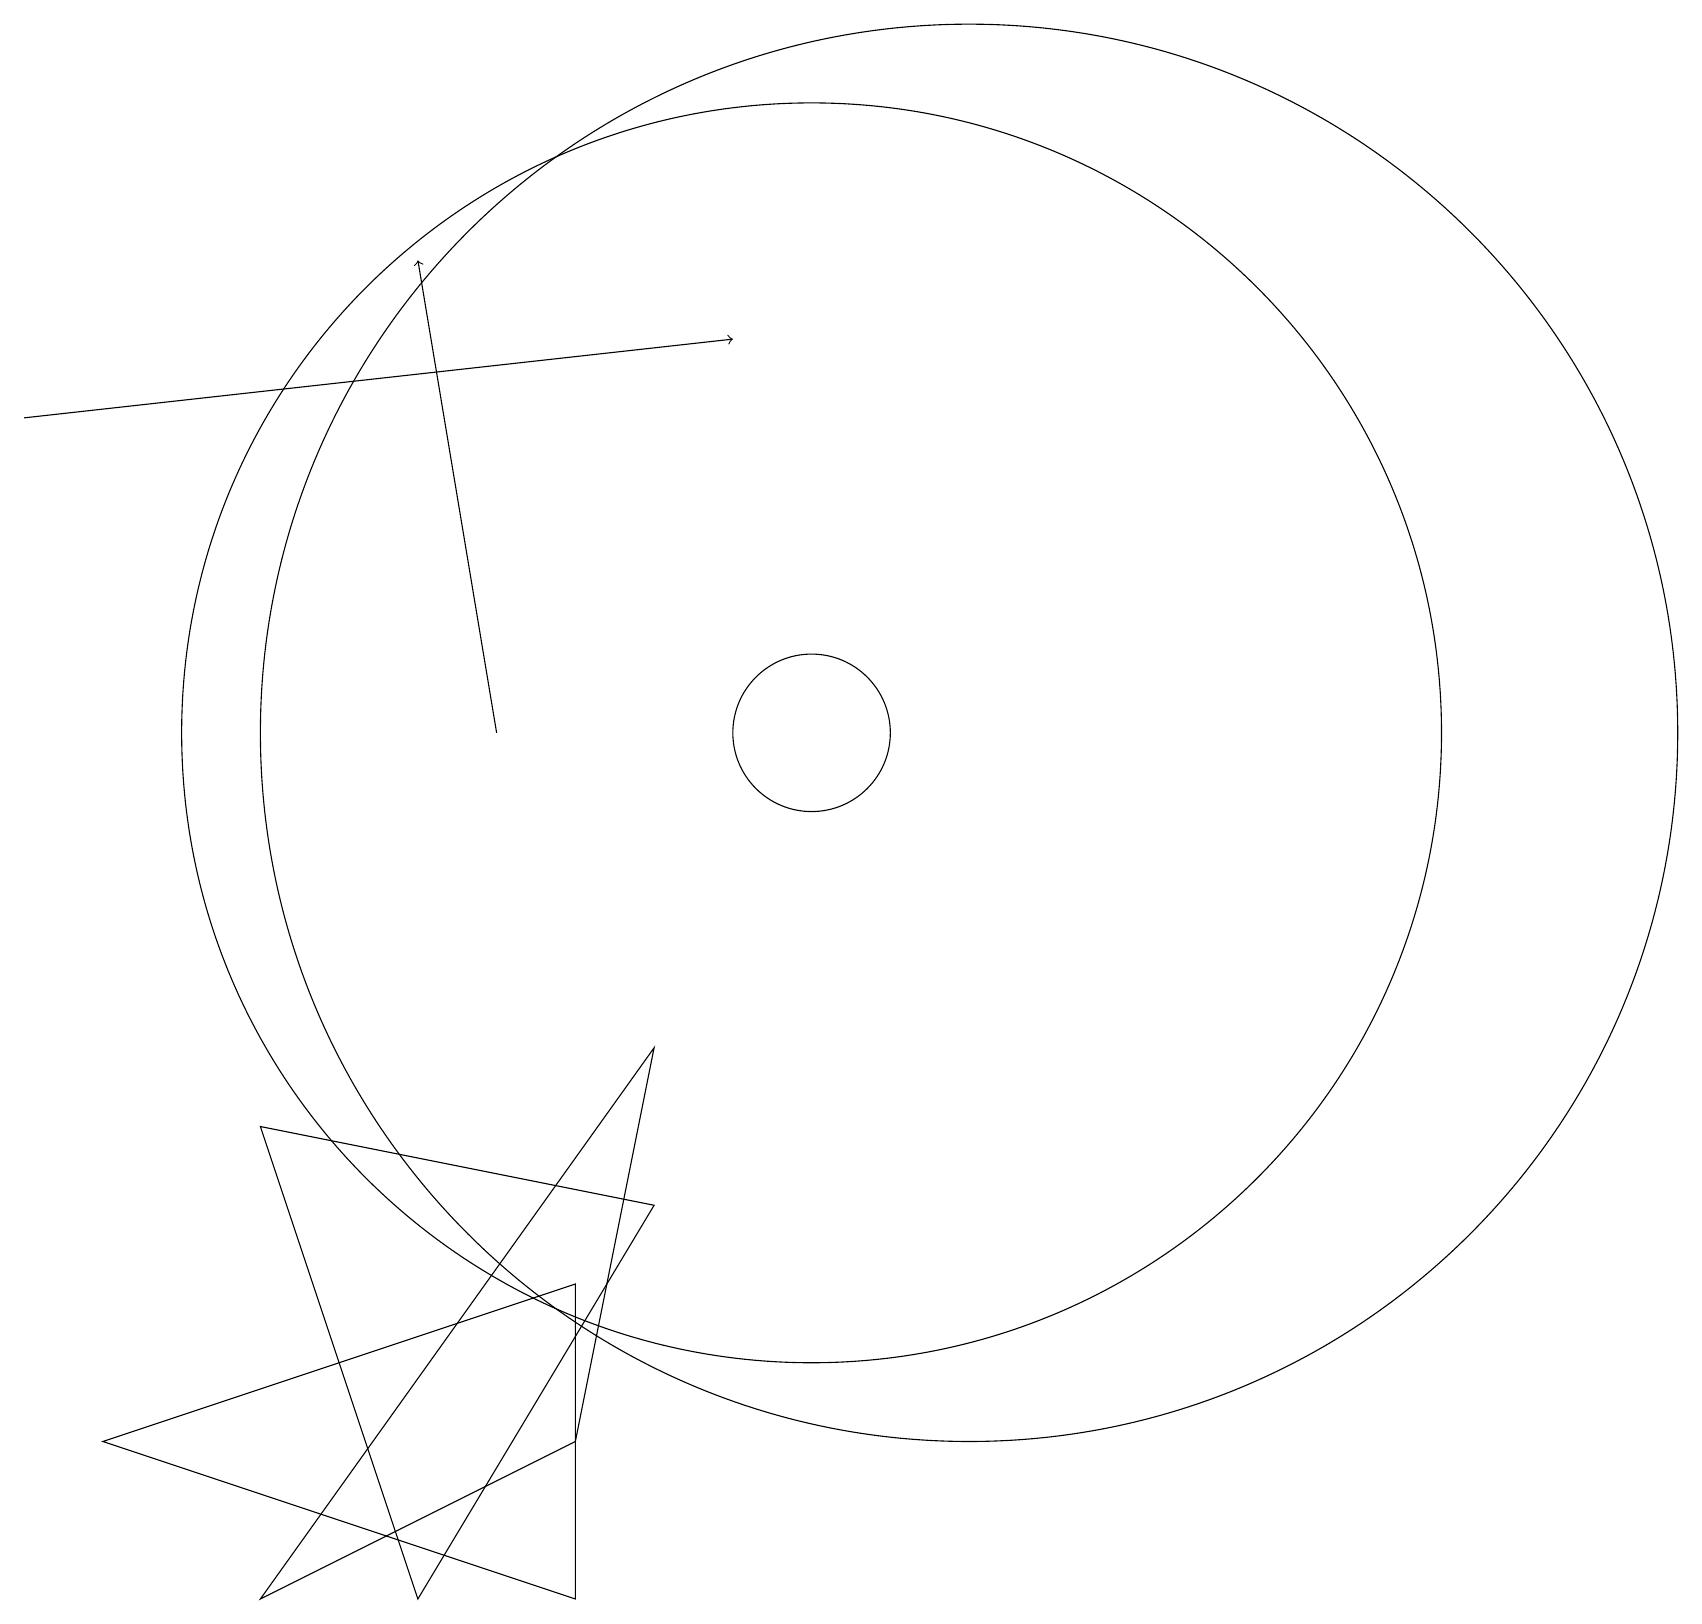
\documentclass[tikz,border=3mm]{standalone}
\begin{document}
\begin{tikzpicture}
\draw (8,7) -- (3,0) -- (7,2) -- cycle;
\draw[->] (6,11) -- (5,17);
\draw[->] (0,15) -- (9,16);
\draw (3,6) -- (8,5) -- (5,0) -- cycle;
\draw (12,11) circle (9);
\draw (10,11) circle (8);
\draw (7,0) -- (1,2) -- (7,4) -- cycle;
\draw (10,11) circle (1);
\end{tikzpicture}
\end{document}